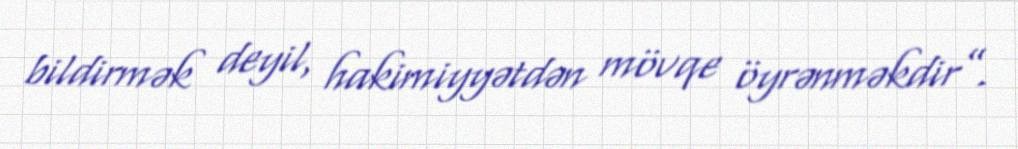
bildirmək deyil, hakimiyyətdən mövqe öyrənməkdir”.